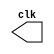
// -------------------------
// clock2  
// Nome:Flavio Andrade Amaral Motta

// ------------------------- 
// --------------------------- 
// -- test clock generator (1) 
// --------------------------- 
	module clock ( clk ); 
	output clk; 
	reg clk; 

initial 
	begin 
		clk = 1'b0; 
	end 
		always 
	begin 
		#36 clk = ~clk; 
	end 
		endmodule // clock ( ) 
		module clock2; 
		wire clk; 
		clock CLK1 ( clk ); 
initial begin
		$display ("Flavio Andrade Amaral Motta"); 
		$dumpfile ( "clock2.vcd" ); 
		$dumpvars; 
	#120 $finish; 
end 
endmodule // clock2 ( )